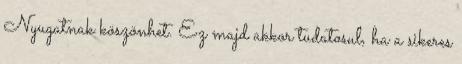
Nyugatnak köszönhet. Ez majd akkor tudatosul, ha a sikeres